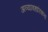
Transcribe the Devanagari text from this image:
अव्यावहारिकता